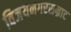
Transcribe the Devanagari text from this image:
विजयनगरसम्राट